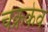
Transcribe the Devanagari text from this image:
चक्रकेव